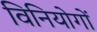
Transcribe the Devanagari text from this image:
विनियोगों